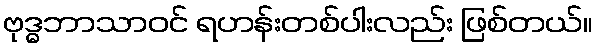
ဗုဒ္ဓဘာသာဝင် ရဟန်းတစ်ပါးလည်း ဖြစ်တယ်။